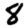
Digit: 8